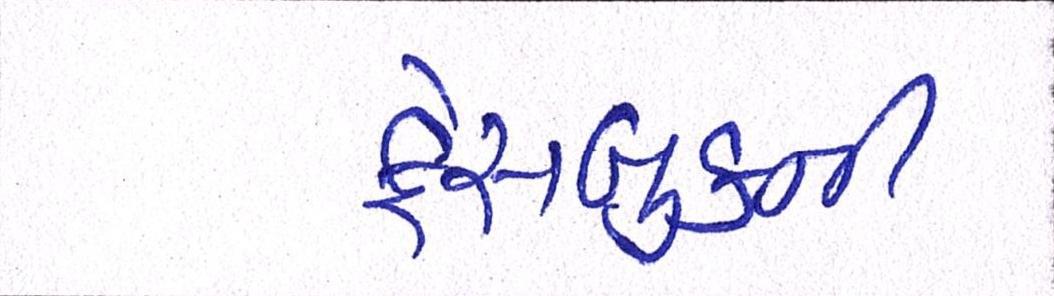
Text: ફેસબુકની